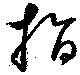
指